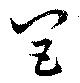
閭